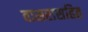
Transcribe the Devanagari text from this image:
वासरासहित